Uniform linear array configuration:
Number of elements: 8
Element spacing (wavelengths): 0.75
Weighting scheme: blackman
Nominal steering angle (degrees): -15
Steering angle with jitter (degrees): -14.54
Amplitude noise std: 0.05
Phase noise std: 0.05

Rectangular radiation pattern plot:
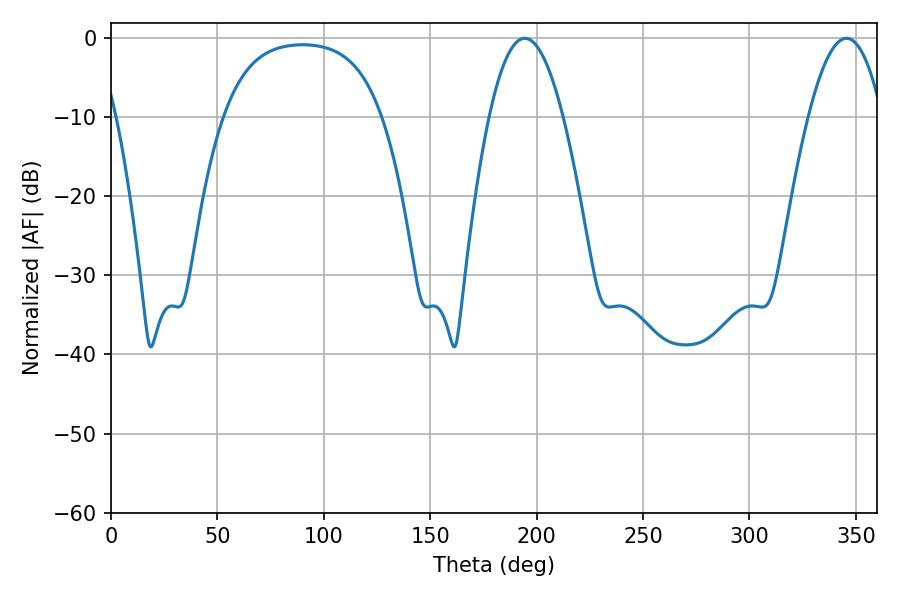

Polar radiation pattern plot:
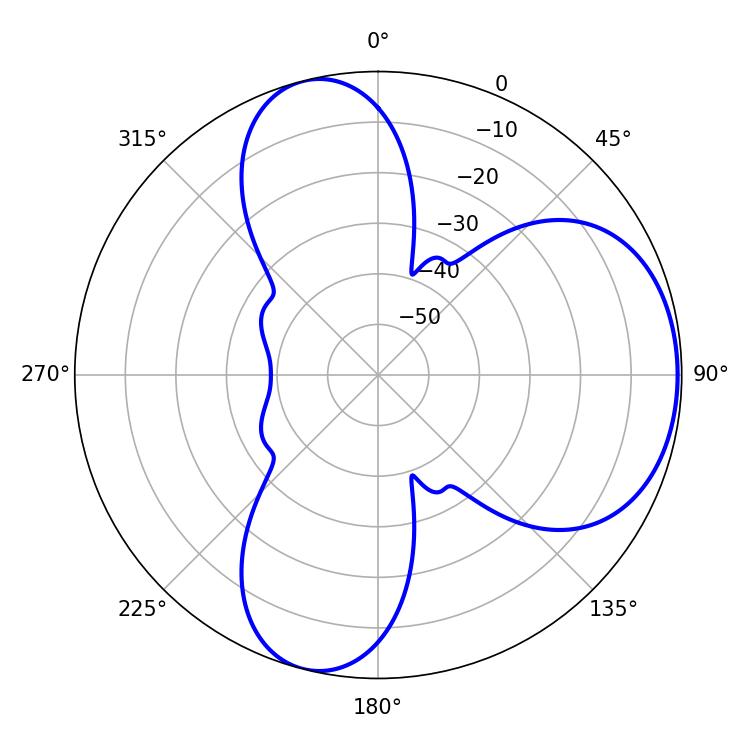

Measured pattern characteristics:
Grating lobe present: TRUE
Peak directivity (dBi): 5.882
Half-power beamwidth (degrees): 19.08
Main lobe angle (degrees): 194.4